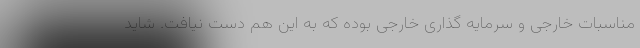
مناسبات خارجی و سرمایه گذاری خارجی بوده که به این هم دست نیافت. شاید